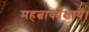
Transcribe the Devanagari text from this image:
महत्वाकाँक्षायें।